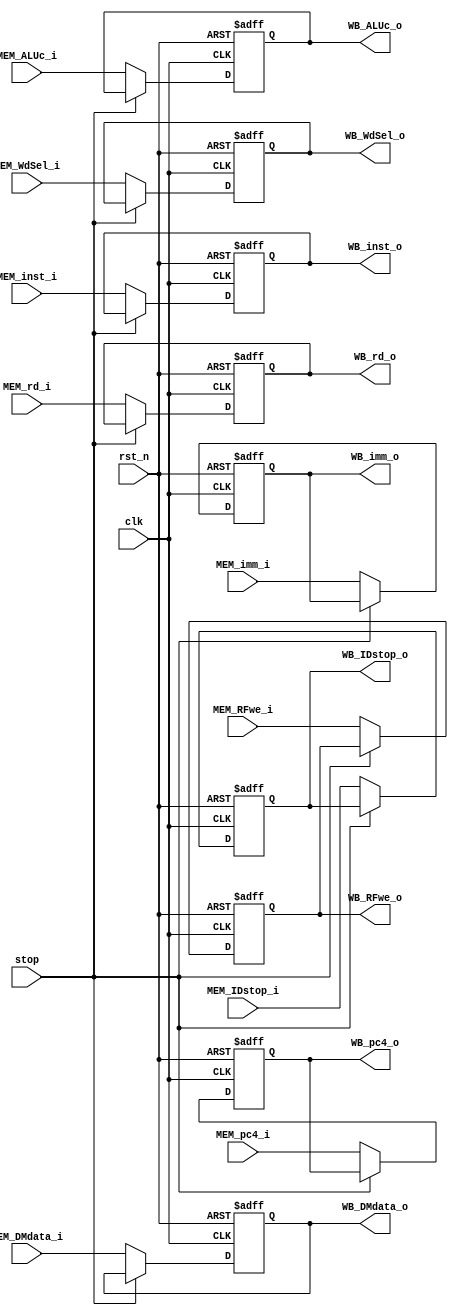
module MEM_WB_reg (
    input clk,
    input rst_n,
    input stop,
    input [1:0] MEM_WdSel_i,
    input MEM_RFwe_i,
    input [31:0] MEM_pc4_i,
    input [31:0] MEM_ALUc_i,
    input [31:0] MEM_DMdata_i,
    input [31:0] MEM_imm_i,
    input [4:0] MEM_rd_i,
    input [31:0] MEM_inst_i,
    input MEM_IDstop_i,
    output reg [1:0] WB_WdSel_o,
    output reg WB_RFwe_o,
    output reg [31:0] WB_pc4_o,
    output reg [31:0] WB_ALUc_o,
    output reg [31:0] WB_DMdata_o,
    output reg [31:0] WB_imm_o,
    output reg [4:0] WB_rd_o,
    output reg [31:0] WB_inst_o,
    output reg WB_IDstop_o
);

always @(posedge clk or negedge rst_n) begin
    if (~rst_n) begin
        WB_WdSel_o <= 2'b0;
        WB_RFwe_o <= 1'b0;
        WB_pc4_o <= 32'b0;
        WB_ALUc_o <= 32'b0;
        WB_DMdata_o <= 32'b0; 
        WB_imm_o <= 32'b0;
        WB_rd_o <= 5'b0;
        WB_inst_o <= 32'b0;
        WB_IDstop_o <= 1'b0;
    end
    else if (stop) begin
        WB_WdSel_o <= WB_WdSel_o;
        WB_RFwe_o <= WB_RFwe_o;
        WB_pc4_o <= WB_pc4_o;
        WB_ALUc_o <= WB_ALUc_o;
        WB_DMdata_o <= WB_DMdata_o;
        WB_imm_o <= WB_imm_o;
        WB_rd_o <= WB_rd_o;
        WB_inst_o <= WB_inst_o;
        WB_IDstop_o <= WB_IDstop_o;
    end
    else begin
        WB_WdSel_o <= MEM_WdSel_i;
        WB_RFwe_o <= MEM_RFwe_i;
        WB_pc4_o <= MEM_pc4_i;
        WB_ALUc_o <= MEM_ALUc_i;
        WB_DMdata_o <= MEM_DMdata_i;
        WB_imm_o <= MEM_imm_i;
        WB_rd_o <= MEM_rd_i;
        WB_inst_o <= MEM_inst_i;
        WB_IDstop_o <= MEM_IDstop_i;
    end
end

endmodule